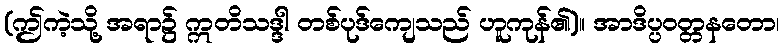
(ဤကဲ့သို့ အရာ၌ ဣတိသဒ္ဒါ တစ်ပုဒ်ကျေသည် ဟူကုန်၏)။ အာဒိပ္ပဝတ္တနတော၊